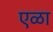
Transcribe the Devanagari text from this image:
एळा